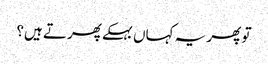
تو پھر یہ کہاں بہکے پھرتے ہیں؟